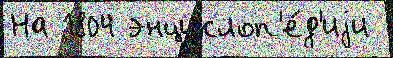
На 1804 энциклоп'е́д'иjи